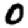
Digit: 0